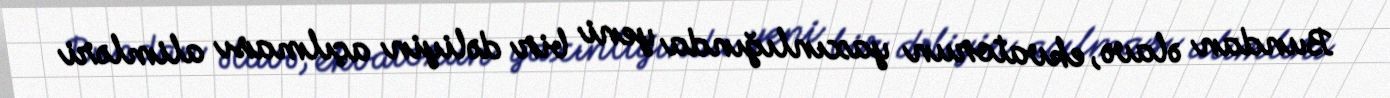
Bundan əlavə, ekvatorun yaxınlığında yeni bir dəliyin açılması alimləri